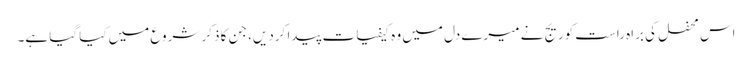
اس محفل کی براہ راست کوریج نے میرے دل میں وہ کیفیات پیدا کردیں، جن کا ذکر شروع میں کیا گیا ہے۔